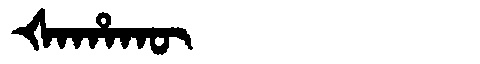
Manchu: ᡧᠠᡥᠠᡴᡡ
Romanization: ŠAHAKŪ